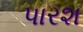
પારશ